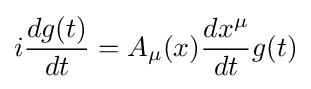
i{\frac {dg(t)}{dt}}=A_{\mu }(x){\frac {dx^{\mu }}{dt}}g(t)